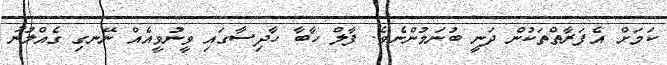
ކަމަށް އެފަރާތްތަކުން ދަނީ ބުނަމުންނެވެ. ފާލް ހާބާ ހާދިސާގައި ވީނުވީއެއް ނޭނގި ގެއްލުނު